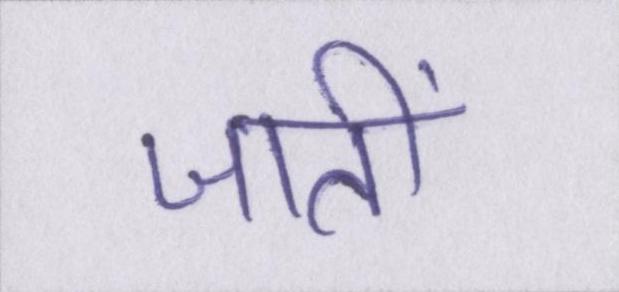
जातीं